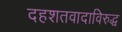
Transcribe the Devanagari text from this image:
दहशतवादाविरुद्ध